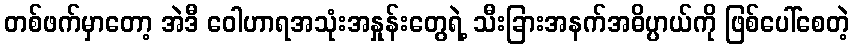
တစ်ဖက်မှာတော့ အဲဒီ ဝေါဟာရအသုံးအနှုန်းတွေရဲ့ သီးခြားအနက်အဓိပ္ပာယ်ကို ဖြစ်ပေါ်စေတဲ့